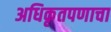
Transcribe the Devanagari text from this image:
अधिकृतपणाचा